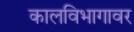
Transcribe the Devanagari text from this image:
कालविभागावर